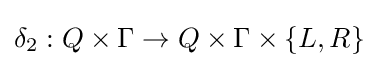
\delta _{2}:Q\times \Gamma \to Q\times \Gamma \times \{L,R\}